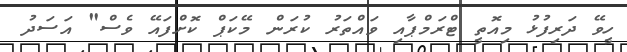
ހީވޭ ދަރިފުޅު މިއޮތީ ޓްރަމްޕާއި ވައްތަރު ކުރަން މޭކަޕް ކޮށްފައޭ ވެސް" އަސަދު